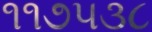
૧૧૭૫૩૮